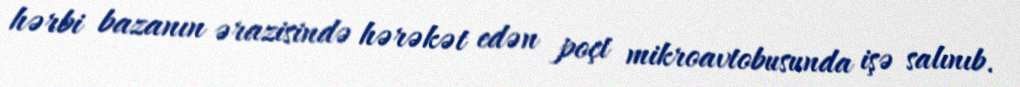
hərbi bazanın ərazisində hərəkət edən poçt mikroavtobusunda işə salınıb.